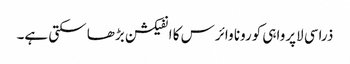
ذراسی لاپرواہی کورونا وائرس کا انفیکشن بڑھا سکتی ہے۔